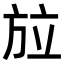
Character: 𭤳